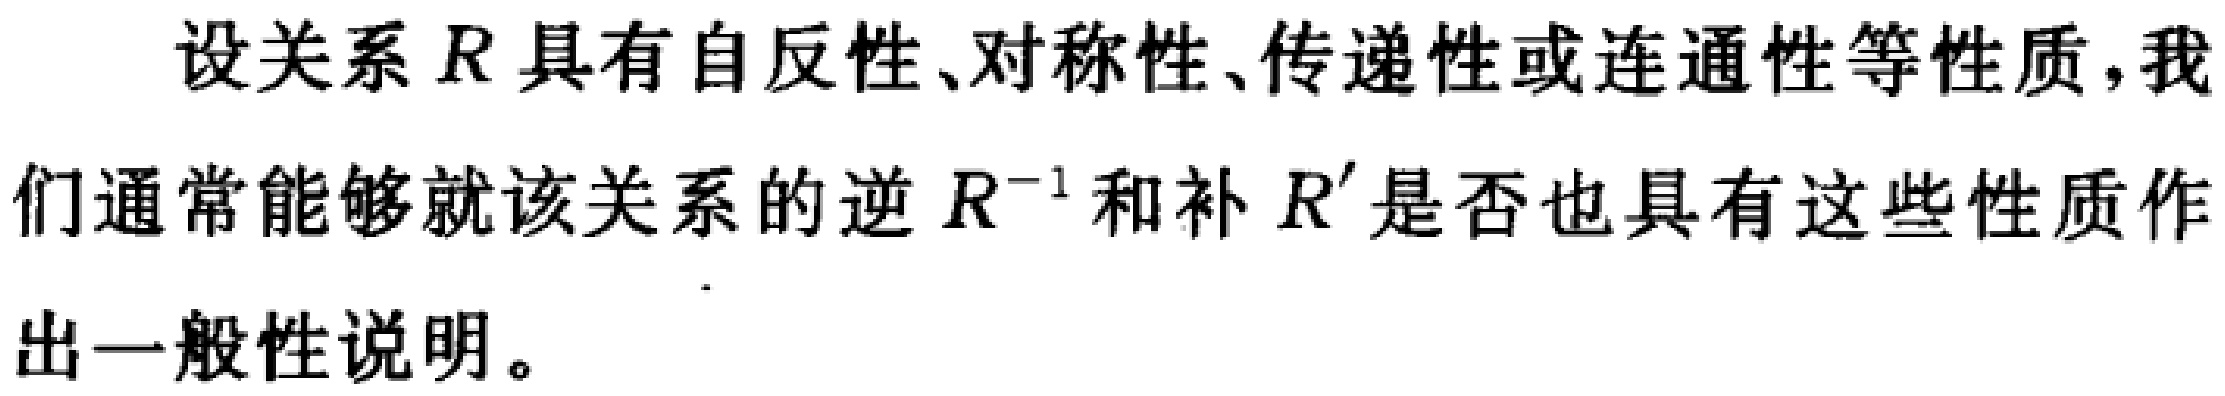
设关系$R$具有自反性、对称性、传递性或连通性等性质, 我们通常能够就该关系的逆$R^{-1}$和补$R^{\prime}$是否也具有这些性质作出一般性说明。